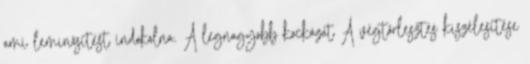
ami leminősítést indokolna. A legnagyobb kockázat A végtörlesztés kiszélesítése